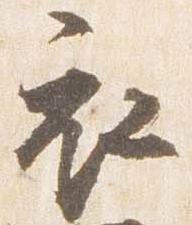
衣